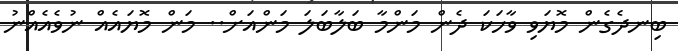
ބިނދެގެން މޮޔަވި ވާހަކަ ދެން މަންމާ ބަލާބަލަ މަންއަށް.. މަން މޮޔައެއް ނުވެއެއްނު